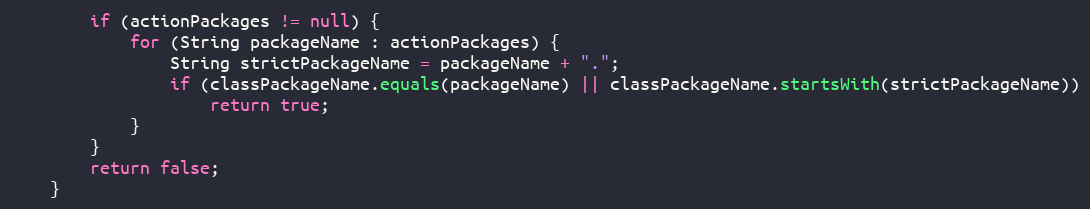
Language: Java
		if (actionPackages != null) {
			for (String packageName : actionPackages) {
				String strictPackageName = packageName + ".";
				if (classPackageName.equals(packageName) || classPackageName.startsWith(strictPackageName))
					return true;
			}
		}
		return false;
	}